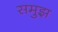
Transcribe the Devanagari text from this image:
समुझ